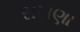
સખણા